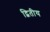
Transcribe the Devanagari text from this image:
द्बितीय